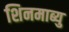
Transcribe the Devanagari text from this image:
शिनमाब्यु